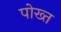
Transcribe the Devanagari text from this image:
पोख्त